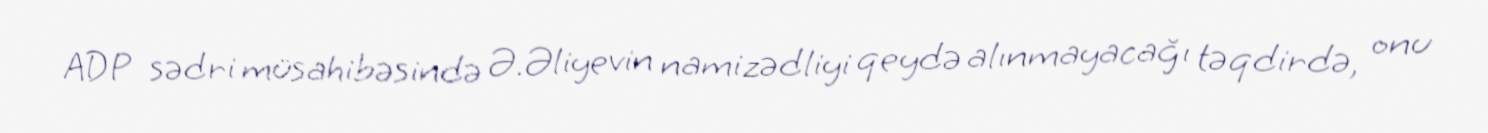
ADP sədri müsahibəsində Ə.Əliyevin namizədliyi qeydə alınmayacağı təqdirdə, onu